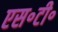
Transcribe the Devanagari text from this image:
एस॰टी॰